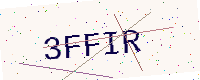
Text: 3FFIR